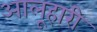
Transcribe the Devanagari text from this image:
आलूहारी